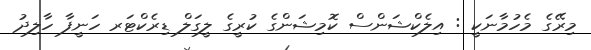
މިރޭގެ މެހުމާނަކީ : އިލެކްޝަންސް ކޮމިޝަންގެ ކުރީގެ ލީގަލް ޑިރެކްޓަރ ހަނީފާ ހާލިދު